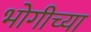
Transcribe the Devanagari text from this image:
भोगीच्या